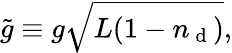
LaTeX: \tilde{g}\equiv g\sqrt{L(1-n_{\mathrm{~d~}})},